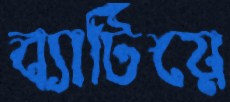
ব্যাটিয়ে